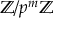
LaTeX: \mathbb { Z } / p ^ { m } \mathbb { Z }